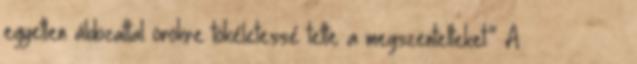
egyetlen áldozattal örökre tökéletessé tette a megszentelteket.” A τετελείωκεν